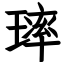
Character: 㻭